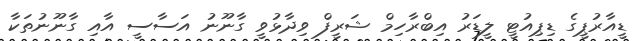
ޑީއާރުޕީގެ ޑިޕިއުޓީ ލީޑަރު އިބްރާހިމް ޝަރީފް ވިދާޅުވީ ގާނޫނު އަސާސީ އާއި ގާނޫނުތަކާ